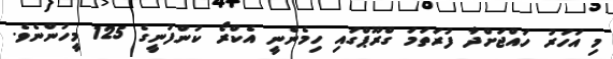
މި އަހަރު ހައްޖަށްދާ ފުރަތަމަ ގްރޫޕްގައި ހިމެނެނީ އެކްރޯ ކުންފުނީގެ 125 މީހުންނެވެ.